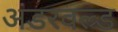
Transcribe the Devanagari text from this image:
अंडरवल्र्ड